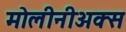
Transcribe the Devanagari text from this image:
मोलीनीअक्स